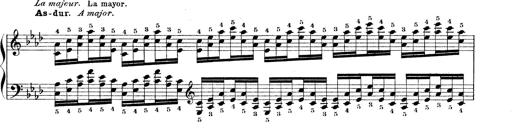
Title: Technische Studien
Composer: Franz Liszt